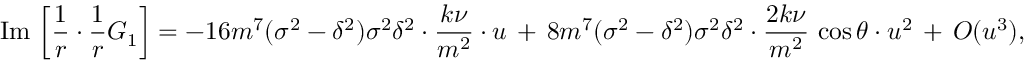
\mathrm { I m } \, \left[ \frac { 1 } { r } \cdot \frac { 1 } { r } G _ { 1 } \right] = - 1 6 m ^ { 7 } ( \sigma ^ { 2 } - \delta ^ { 2 } ) \sigma ^ { 2 } \delta ^ { 2 } \cdot \frac { k \nu } { m ^ { 2 } } \cdot u \, + \, 8 m ^ { 7 } ( \sigma ^ { 2 } - \delta ^ { 2 } ) \sigma ^ { 2 } \delta ^ { 2 } \cdot \frac { 2 k \nu } { m ^ { 2 } } \, \cos \theta \cdot u ^ { 2 } \, + \, { \cal O } ( u ^ { 3 } ) ,